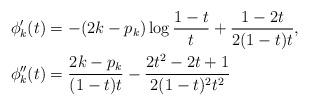
LaTeX: \begin{align*}\phi_k'(t) & = -(2k-p_k) \log\frac{1-t}{t} + \frac{1-2t}{2(1-t)t}, \\\phi_k''(t) & = \frac{2k-p_k}{(1-t)t} - \frac{2t^2-2t+1}{2(1-t)^2 t^2}\end{align*}